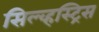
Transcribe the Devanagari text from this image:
सिल्व्हस्ट्रिस